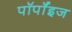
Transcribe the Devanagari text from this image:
पॉर्पॉइज